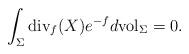
LaTeX: \begin{align*}\int_\Sigma \mathrm{div}_f(X)e^{-f}d\mathrm{vol}_\Sigma=0.\end{align*}